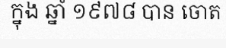
ក្នុង ឆ្នាំ ១៩៧៨ បាន ចោត